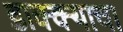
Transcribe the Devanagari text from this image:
डाक्क्याचा